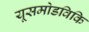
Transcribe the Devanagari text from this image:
यूसमोडविकि